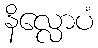
နိလ္လောပံ